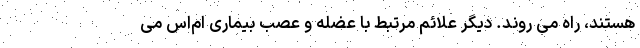
هستند، راه می روند. دیگر علائم مرتبط با عضله و عصب بیماری ام‌اس می